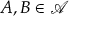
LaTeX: A , B \in { \mathcal { A } }